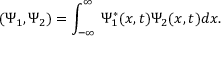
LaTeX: ( \Psi _ { 1 } , \Psi _ { 2 } ) = \int _ { - \infty } ^ { \infty } \, \Psi _ { 1 } ^ { * } ( x , t ) \Psi _ { 2 } ( x , t ) d x .